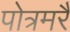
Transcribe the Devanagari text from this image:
पोत्रमरै